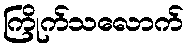
ကြိုက်သလောက်